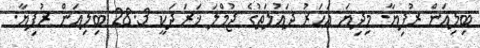
ބިލިއަން ރުފިޔާ. މިދިޔަ އަހަރު ދައުލަތުގެ ޖުމްލަ ޚަރަދަކީ 28.3 ބިލިއަން ރުފިޔާ.